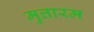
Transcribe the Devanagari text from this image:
मुत्तारम